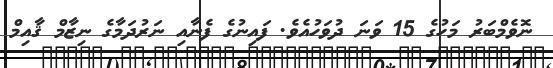
ނޮވެމްބަރު މަހުގެ 15 ވަނަ ދުވަހުއެވެ. ފައިނުގެ ފެނާއި ނަރުދަމާގެ ނިޒާމް ޤާއިމް